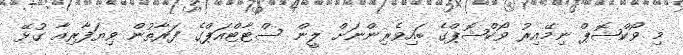
މި ވޯކްޝޮޕް ނިމޭއިރު ވޯކްޝޮޕްގެ ބައިވެރިންނަށް ލީން ސްޓާޓްއަޕްގެ ފަރާތުން ވިޔަފާރިއާ ގުޅޭ